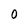
Character: 0